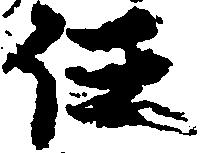
任